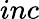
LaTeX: inc